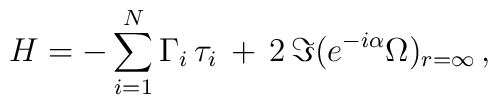
H = -\sum_{i=1}^N \Gamma_i \, \tau_i \, + \, 2 \, \Im (e^{-i \alpha} \Omega)_{r=\infty} \, ,